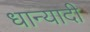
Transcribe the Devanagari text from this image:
धान्यादी